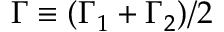
\Gamma \equiv ( \Gamma _ { 1 } ^ { } + \Gamma _ { 2 } ^ { } ) / 2